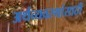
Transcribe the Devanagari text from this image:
अर्थव्यवस्थांसाठी